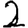
Digit: 2